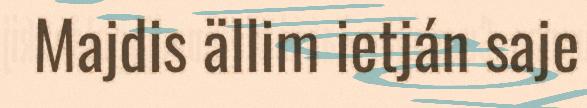
Majdis ällim ietján saje